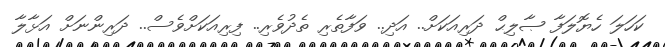
ކަހަލަ ހެޔޮލަފާ ޞާލިޙް ދަރިއަކަށް.. އަދި.. ވަފާތެރި ތެދުވެރި.. ފިރިއަކަށްވެސް.. ދަރިންނަށް އަޅާލާ